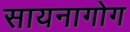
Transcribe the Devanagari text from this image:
सायनागोग